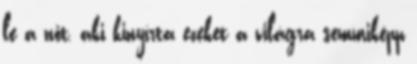
le a nőt, aki kinyírta ezeket a világra semmiképp